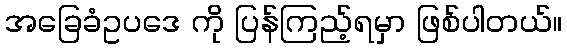
အခြေခံဥပဒေ ကို ပြန်ကြည့်ရမှာ ဖြစ်ပါတယ်။